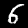
Label: 6